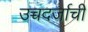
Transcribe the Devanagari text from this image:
उच्चदर्जाची